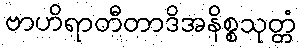
ဗာဟိရာတီတာဒိအနိစ္စသုတ္တံ